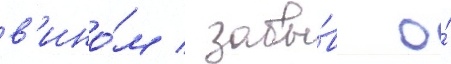
в'ино́м / забы́в о́